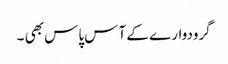
گرودوار ے کے آس پاس بھی ۔